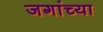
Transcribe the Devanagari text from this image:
जगांच्या